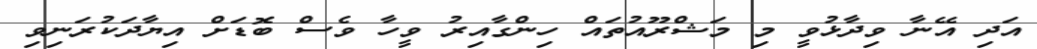
އަދި އޭނާ ވިދާޅުވީ މި މަޝްރޫއުތައް ހިންގާއިރު ވީހާ ވެސް ބޮޑަށް އިޔާދަކުރަނިވި